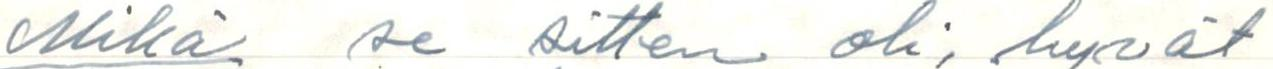
Mikä se sitten oli, hyvät